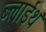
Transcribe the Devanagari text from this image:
ब्लाईथ